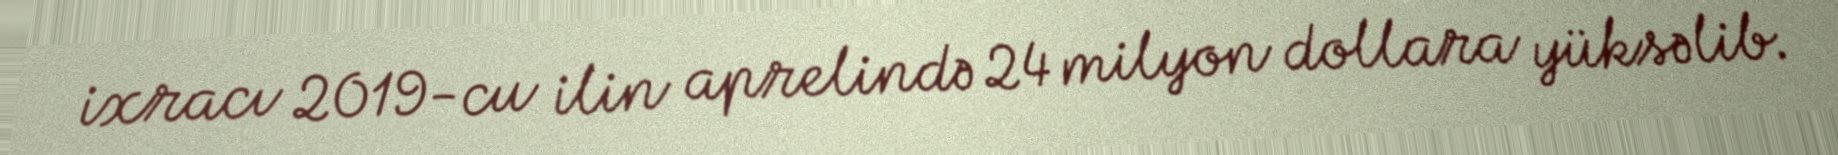
ixracı 2019-cu ilin aprelində 24 milyon dollara yüksəlib.